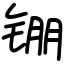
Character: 𬭖